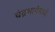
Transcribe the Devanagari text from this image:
चंद्रभागेमध्ये